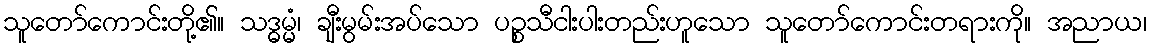
သူတော်ကောင်းတို့၏။ သဒ္ဓမ္မံ၊ ချီးမွမ်းအပ်သော ပဉ္စသီငါးပါးတည်းဟူသော သူတော်ကောင်းတရားကို။ အညာယ၊